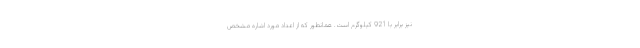
نیز برابر با 921 کیلوگرم است. همانطور که از اعداد مورد اشاره مشخص